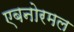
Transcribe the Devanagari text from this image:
एबनोरमल